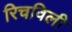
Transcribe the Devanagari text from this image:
रिचविली